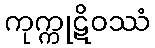
ကုက္ကုဋိဝဿံ